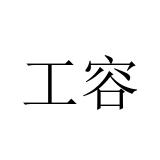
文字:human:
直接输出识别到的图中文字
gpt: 工容